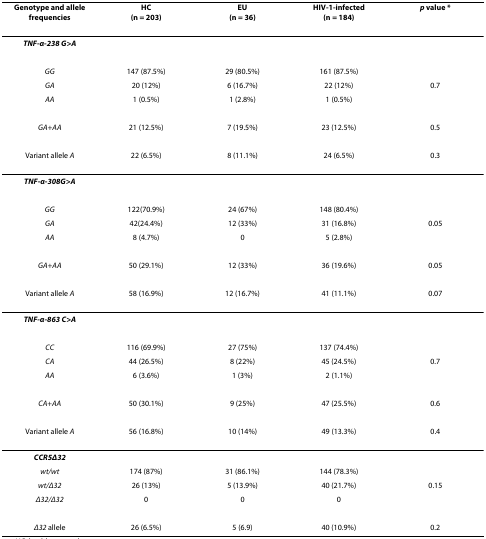
<table><thead><tr><td><b>Genotype and allele frequencies</b></td><td><b>HC(n = 203)</b></td><td><b>EU(n = 36)</b></td><td><b>HIV-1-infected(n = 184)</b></td><td><b><i>p </i>value *</b></td></tr></thead><tbody><tr><td><b><i>TNF-α-238 G&gt;A</i></b></td><td></td><td></td><td></td><td></td></tr><tr><td><i>GG</i></td><td>147 (87.5%)</td><td>29 (80.5%)</td><td>161 (87.5%)</td><td></td></tr><tr><td><i>GA</i></td><td>20 (12%)</td><td>6 (16.7%)</td><td>22 (12%)</td><td>0.7</td></tr><tr><td><i>AA</i></td><td>1 (0.5%)</td><td>1 (2.8%)</td><td>1 (0.5%)</td><td></td></tr><tr><td><i>GA+AA</i></td><td>21 (12.5%)</td><td>7 (19.5%)</td><td>23 (12.5%)</td><td>0.5</td></tr><tr><td>Variant allele <i>A</i></td><td>22 (6.5%)</td><td>8 (11.1%)</td><td>24 (6.5%)</td><td>0.3</td></tr><tr><td><b><i>TNF-α-308G&gt;A</i></b></td><td></td><td></td><td></td><td></td></tr><tr><td><i>GG</i></td><td>122(70.9%)</td><td>24 (67%)</td><td>148 (80.4%)</td><td></td></tr><tr><td><i>GA</i></td><td>42(24.4%)</td><td>12 (33%)</td><td>31 (16.8%)</td><td>0.05</td></tr><tr><td><i>AA</i></td><td>8 (4.7%)</td><td>0</td><td>5 (2.8%)</td><td></td></tr><tr><td><i>GA+AA</i></td><td>50 (29.1%)</td><td>12 (33%)</td><td>36 (19.6%)</td><td>0.05</td></tr><tr><td>Variant allele <i>A</i></td><td>58 (16.9%)</td><td>12 (16.7%)</td><td>41 (11.1%)</td><td>0.07</td></tr><tr><td><b><i>TNF-α-863 C&gt;A</i></b></td><td></td><td></td><td></td><td></td></tr><tr><td><i>CC</i></td><td>116 (69.9%)</td><td>27 (75%)</td><td>137 (74.4%)</td><td></td></tr><tr><td><i>CA</i></td><td>44 (26.5%)</td><td>8 (22%)</td><td>45 (24.5%)</td><td>0.7</td></tr><tr><td><i>AA</i></td><td>6 (3.6%)</td><td>1 (3%)</td><td>2 (1.1%)</td><td></td></tr><tr><td><i>CA+AA</i></td><td>50 (30.1%)</td><td>9 (25%)</td><td>47 (25.5%)</td><td>0.6</td></tr><tr><td>Variant allele <i>A</i></td><td>56 (16.8%)</td><td>10 (14%)</td><td>49 (13.3%)</td><td>0.4</td></tr><tr><td><b><i>CCR5Δ32</i></b></td><td></td><td></td><td></td><td></td></tr><tr><td><i>wt/wt</i></td><td>174 (87%)</td><td>31 (86.1%)</td><td>144 (78.3%)</td><td></td></tr><tr><td><i>wt/Δ32</i></td><td>26 (13%)</td><td>5 (13.9%)</td><td>40 (21.7%)</td><td>0.15</td></tr><tr><td><i>Δ32/Δ32</i></td><td>0</td><td>0</td><td>0</td><td></td></tr><tr><td><i>Δ32 </i>allele</td><td>26 (6.5%)</td><td>5 (6.9)</td><td>40 (10.9%)</td><td>0.2</td></tr></tbody></table>